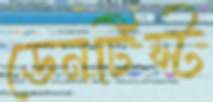
ডেনটিস্ট